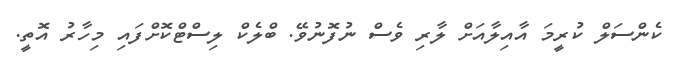
ކެންސަލް ކުރީމަ އާއިލާއަށް ލާރި ވެސް ނުފޮނުވޭ. ބްލެކް ލިސްޓްކޮށްފައި މިހާރު އޮތީ.